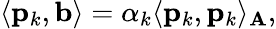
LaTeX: \langle\mathbf{p}_{k},\mathbf{b}\rangle=\alpha_{k}\langle\mathbf{p}_{k},\mathbf{p}_{k}\rangle_{\mathbf{A}},